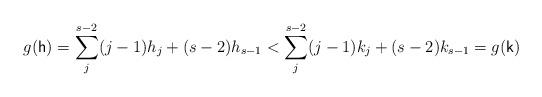
LaTeX: \begin{align*}g({\mathsf h})=\sum_j^{s-2}(j-1)h_j +(s-2)h_{s-1} < \sum_j^{s-2} (j-1)k_j + (s-2)k_{s-1}=g({\mathsf k})\end{align*}